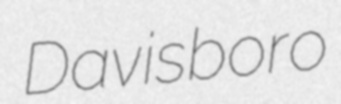
Davisboro